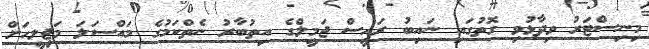
މިނިސްޓަރު ވިދާޅުވި ގޮތުގައި ނައިބު ރައީސް ޖަމީލްގެ އިތުބާރު ނެތްކަމުގެ މައްސަލަ މަޖިލީހަށް